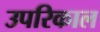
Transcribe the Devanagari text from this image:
उपरिकाल